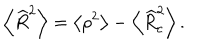
\left\langle \widehat { R } ^ { 2 } \right\rangle = \left\langle \rho ^ { 2 } \right\rangle - \left\langle \widehat { R } _ { c } ^ { 2 } \right\rangle .